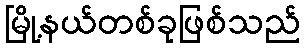
မြို့နယ်တစ်ခုဖြစ်သည်